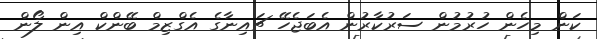
ކަން މިހެން ހުރުމުން ސަރުކާރުން އެބަޖެހޭ ޗައިނާގެ އެގްޒިމް ބޭންކް އިން ލޯން